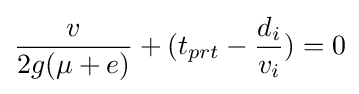
{\frac {v}{2g(\mu +e)}}+(t_{prt}-{\frac {d_{i}}{v_{i}}})=0